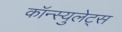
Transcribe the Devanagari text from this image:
कॉन्स्युलेट्स